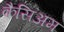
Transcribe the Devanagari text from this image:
कैसिअम